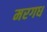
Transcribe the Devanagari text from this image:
मरगध